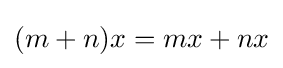
(m+n)x=mx+nx